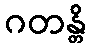
ဂတန္တိ